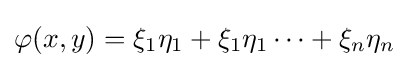
\varphi (x,y)=\xi _{1}\eta _{1}+\xi _{1}\eta _{1}\cdots +\xi _{n}\eta _{n}